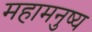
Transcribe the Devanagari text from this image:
महामनुष्य